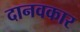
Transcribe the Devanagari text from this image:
दानवकार